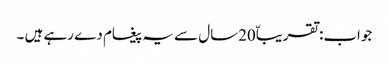
جواب:تقریباّ20سال سے یہ پیغام دے رہے ہیں ۔